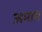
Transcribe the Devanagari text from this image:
अमाम